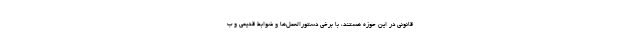
قانونی در این حوزه هستند، با برخی دستورالعمل‌ها و ضوابط قدیمی و ب